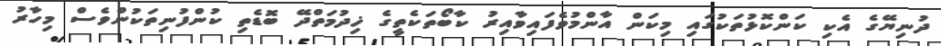
ދުނިޔޭގެ އެކި ކަންކޮޅުތަކުގައި މިކަން އާންމުވެފައިވާއިރު ކާބޯތަކެތީގެ ޚިދުމަތްދޭ ބޮޑެތި ކުންފުނިތަކުންވެސް މިހާރު